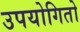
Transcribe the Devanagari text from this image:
उपयोगितो